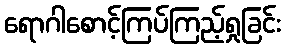
ရောဂါစောင့်ကြပ်ကြည့်ရှုခြင်း